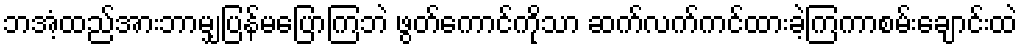
ဘအံ့ထည်အားဘာမျှပြန်မပြောကြဘဲ ဖွတ်ကောင်ကိုသာ ဆက်လက်ကင်ထားခဲ့ကြကာစမ်းချောင်းထဲ